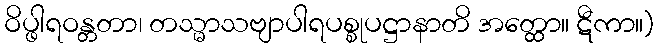
ဝိပ္ဖါရဝန္တတာ၊ တသ္မာသဗျာပါရပစ္စုပဋ္ဌာနာတိ အတ္ထော။ ဋီကာ။)